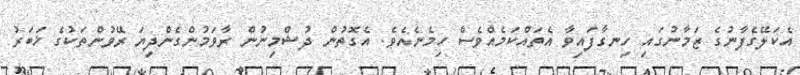
އެކަލޭގެފާނުގެ ޒަމާނުގައި ހިނގާފައިވާ އެތައްކަމެއްވެސް ހިމެނެއެވެ. އެގޮތުން ދުޝްމިނުން ރާވަމުންގެންދިޔަ ރޭވުންތަކުގެ ޚަބަރު